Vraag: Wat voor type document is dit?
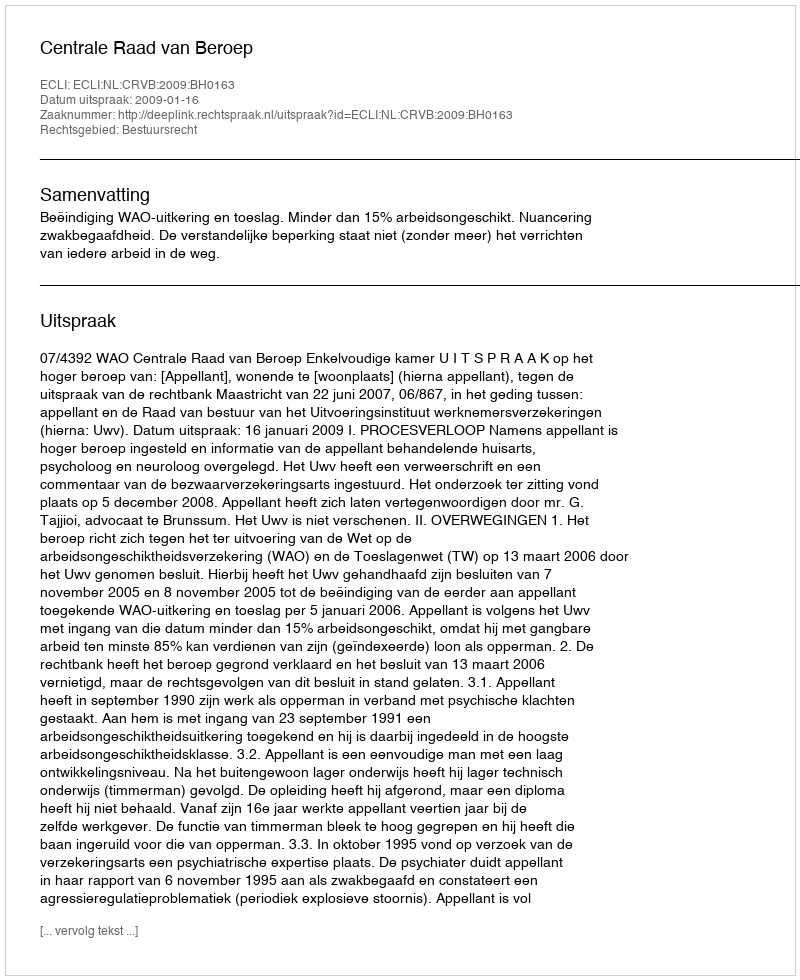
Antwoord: Uitspraak